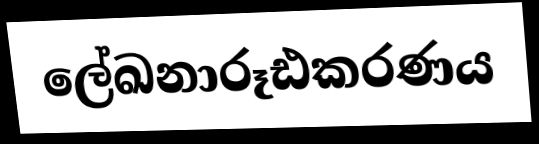
ලේඛනාරූඪකරණය